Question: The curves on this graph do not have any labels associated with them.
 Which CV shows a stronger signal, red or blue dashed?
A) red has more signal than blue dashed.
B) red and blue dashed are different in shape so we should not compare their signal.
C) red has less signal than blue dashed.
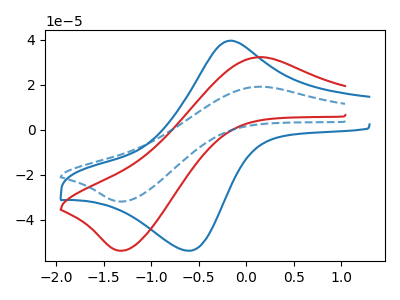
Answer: <think>The blue curve "blue" has an anodic peak at (-0.15V, 39.55uA) and a cathodic peak at (-0.60V, -53.65uA). The red curve "red" has an anodic peak at (0.15V, 32.25uA) and a cathodic peak at (-1.30V, -53.70uA). The blue dashed curve "blue dashed" has an anodic peak at (0.15V, 19.15uA) and a cathodic peak at (-1.30V, -31.85uA).
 All the peaks in "red" have a peak in "blue dashed" at the same potential. Every peak in "red" is higher than every peak in "blue dashed".</think>
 <answer>A) "red" has more signal than "blue dashed".</answer>
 <eval>A</eval>